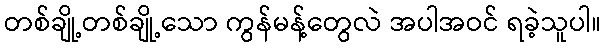
တစ်ချို့တစ်ချို့သော ကွန်မန့်တွေလဲ အပါအဝင် ရခဲ့သူပါ။